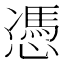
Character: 憑